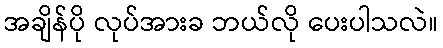
အချိန်ပို လုပ်အားခ ဘယ်လို ပေးပါသလဲ။